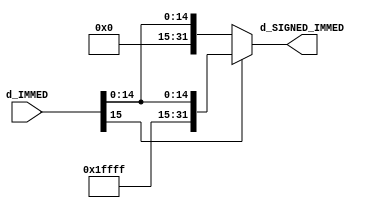
`timescale 1ns / 1ps
//////////////////////////////////////////////////////////////////////////////////
// Company: 
// Engineer: 
// 
// Design Name: 
// Module Name: sign_extension
// Project Name: 
// Target Devices: 
// Tool Versions: 
// Description: 
// 
// Dependencies: 
// 
// Revision:
// Revision 0.01 - File Created
// Additional Comments:
// 
//////////////////////////////////////////////////////////////////////////////////


module sign_extension
/*** PARAMETERS ***/
#(parameter
    // WL
    DATA_WL     = 32,
    IMMED_WL    = 16
)
/*** IN/OUT ***/
(
    // IN
    input signed [IMMED_WL - 1 : 0]        d_IMMED,
    // OUT
    output signed [DATA_WL - 1 : 0]        d_SIGNED_IMMED
);
    
    // arithmetic shifting a concatenation doesn't work
    // couldn't find a way to identify the operation as signed data
    // so hard coding the sign extension 
    assign d_SIGNED_IMMED = (d_IMMED[IMMED_WL - 1]) ? {16'b1111111111111111, d_IMMED}: {16'b0000000000000000, d_IMMED};
endmodule